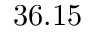
3 6 . 1 5